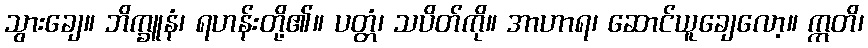
သွားချေ။ ဘိက္ခူနံ၊ ရဟန်းတို့၏။ ပတ္တံ၊ သပိတ်ကို။ အာဟာရ၊ ဆောင်ယူချေလော့။ ဣတိ၊